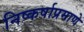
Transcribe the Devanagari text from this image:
निष्कर्षाप्रमाणे